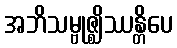
အဘိသမ္ဗုဇ္ဈိဿန္တိပေ